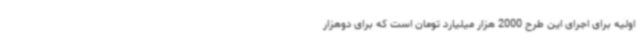
اولیه برای اجرای این طرح 2000 هزار میلیارد تومان است که برای دوهزار